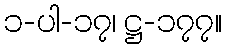
၁-ပါ-၁၇၊ ဋ္ဌ-၁၇၇။